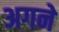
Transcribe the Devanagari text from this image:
अगने